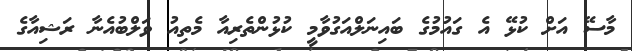
މާސޭ އަށް ކުޅޭ އެ ގައުމުގެ ބައިނަލްއަގުވާމީ ކުޅުންތެރިއާ މެތިއު ވަލްބުއެނާ ރަޝިއާގެ